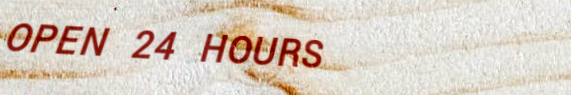
OPEN 24 HOURS